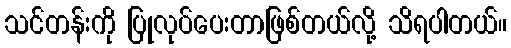
သင်တန်းကို ပြုလုပ်ပေးတာဖြစ်တယ်လို့ သိရပါတယ်။